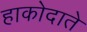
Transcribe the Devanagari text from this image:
हाकोदाते